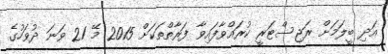
އަދި ބީލަމަށް ރަޖިސްޓަރީ ކުރައްވާފައިވާ ފަރާތްތަކަށްް 2015 މޭ 21 ވަނަ ދުވަހުގެ